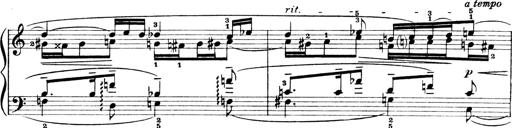
Title: 4 Sonatines
Composer: Max Reger